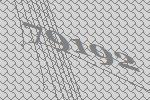
79192